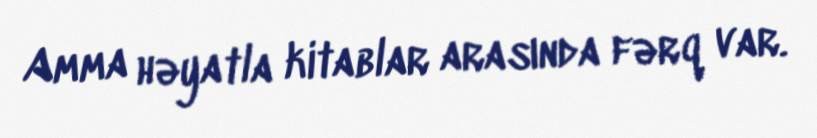
Amma həyatla kitablar arasında fərq var.